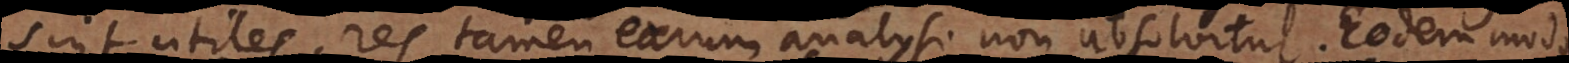
sint utiles, res tamen earum analysi non absolvitur. Eodem modo